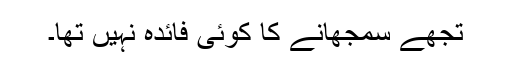
تجھے سمجھانے کا کوئی فائدہ نہیں تھا۔